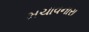
મચાવનારા